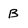
Character: B